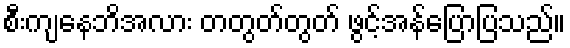
စီးကျနေဘိအလား တတွတ်တွတ် ဖွင့်အန်ပြောပြသည်။